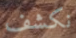
نكشف